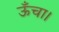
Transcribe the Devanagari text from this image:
ऊँचा।